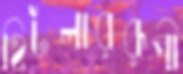
হিটলাররূপী